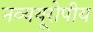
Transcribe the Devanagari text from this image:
नव्ययूरोपीय